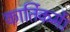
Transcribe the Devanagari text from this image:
कार्तिकमें।